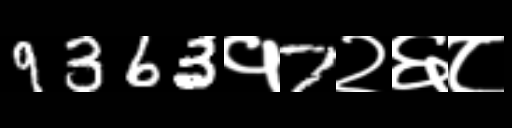
Text: 9363१7२६८